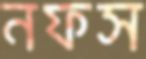
নফস